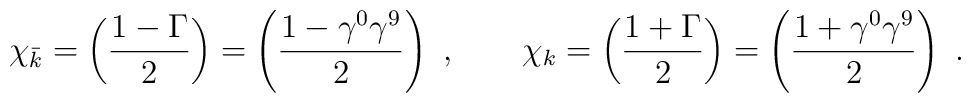
\chi_{\bar k} = \left( {1 - \Gamma  \over 2}\right) =  \left( {1 - \gamma^0\gamma^9\over 2}\right) \ , \qquad \chi_{ k} = \left( {1 + \Gamma  \over 2}\right) =\left( {1+ \gamma^0\gamma^9\over 2}\right) \ .